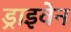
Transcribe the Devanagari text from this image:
ड्राइवेन